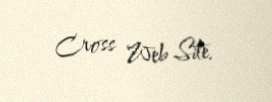
Cross Web Site.